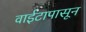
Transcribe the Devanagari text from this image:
वाईटापासून